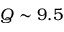
Q \sim 9 . 5